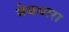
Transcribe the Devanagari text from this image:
मेघधारा